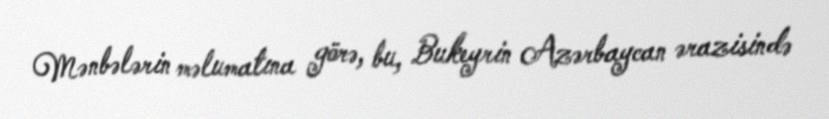
Mənbələrin məlumatına görə, bu, Bukeyrin Azərbaycan ərazisində